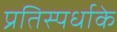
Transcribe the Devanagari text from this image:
प्रतिस्पर्धाके